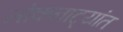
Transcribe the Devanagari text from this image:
लोकनाट्यांत